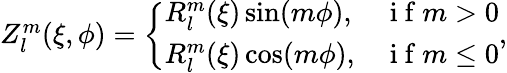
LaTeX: \begin{array}{r}{Z_{l}^{m}(\xi,\phi)=\left\{ \begin{array}{ll}{R_{l}^{m}(\xi)\sin(m\phi),}&{\mathrm{~i~f~}m>0}\\ {R_{l}^{m}(\xi)\cos(m\phi),}&{\mathrm{~i~f~}m\leq 0}\end{array}\right.,}\end{array}